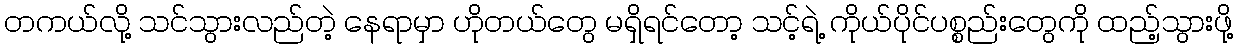
တကယ်လို့ သင်သွားလည်တဲ့ နေရာမှာ ဟိုတယ်တွေ မရှိရင်တော့ သင့်ရဲ့ ကိုယ်ပိုင်ပစ္စည်းတွေကို ထည့်သွားဖို့